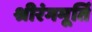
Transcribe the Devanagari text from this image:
श्रीरंगमूर्ति